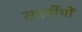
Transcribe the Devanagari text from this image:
सप्तर्षीयों